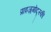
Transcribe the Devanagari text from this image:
प्राइज़्गोद्स्की